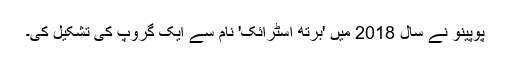
پوپینو نے سال 2018 میں 'برتھ اسٹرائک' نام سے ایک گروپ کی تشکیل کی۔